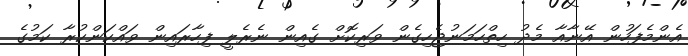
އެންމެފަހުން އޭނާއާ މެދު ހިތްހަމަނުޖެހިގެން ވަރިކޮށް ގެއިން ނެރެލީ ފިހާރައިން ވައްކަންކުރާ ކަމުގެ